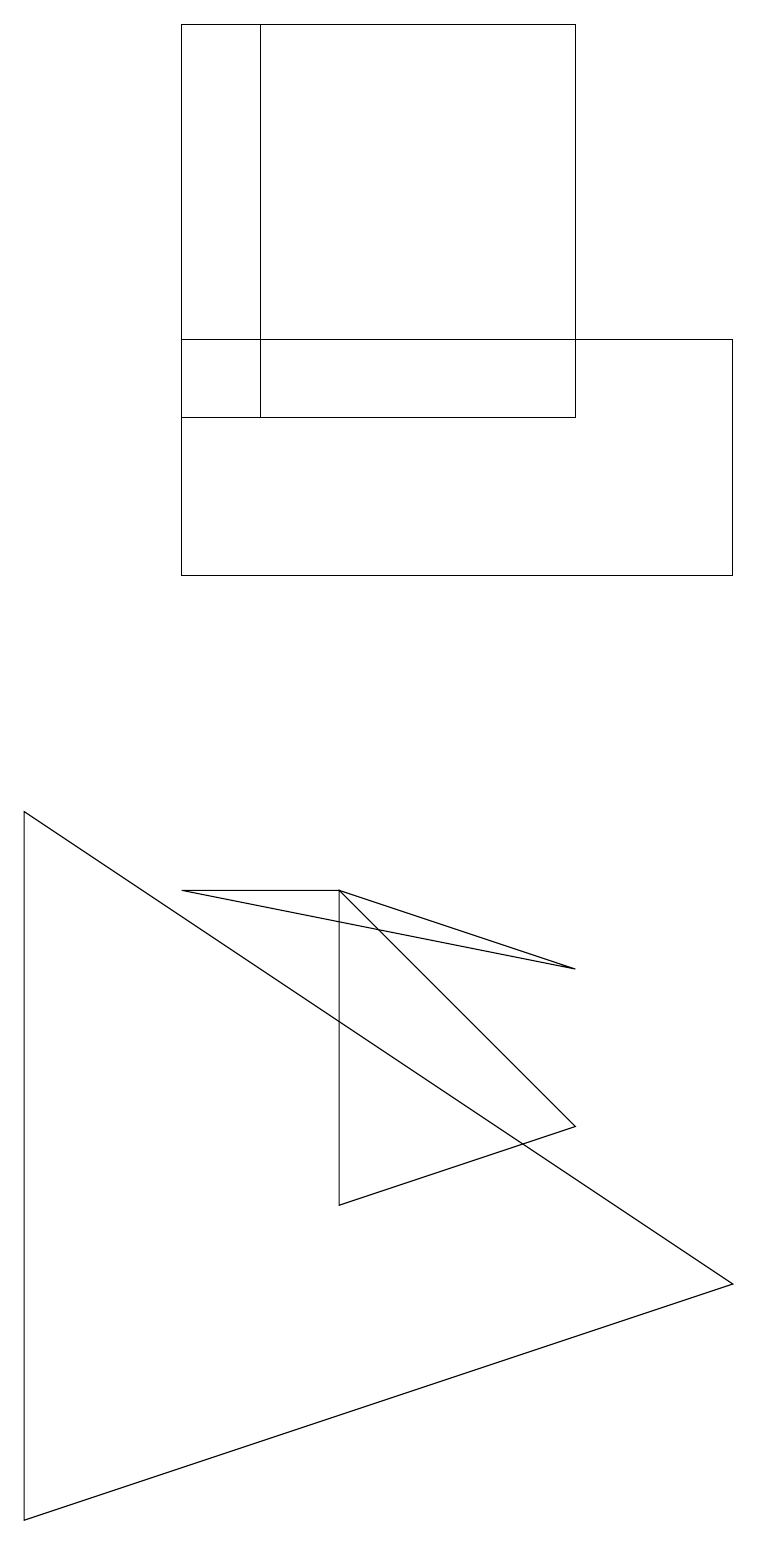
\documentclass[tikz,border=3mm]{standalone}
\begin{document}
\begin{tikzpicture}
\draw (2,12) rectangle (9,15);
\draw (7,19) rectangle (3,14);
\draw (0,0) -- (0,9) -- (9,3) -- cycle;
\draw (2,8) -- (4,8) -- (7,7) -- cycle;
\draw (7,5) -- (4,4) -- (4,8) -- cycle;
\draw (2,14) rectangle (7,19);
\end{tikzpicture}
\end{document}